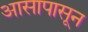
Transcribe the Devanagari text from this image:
आसापासून